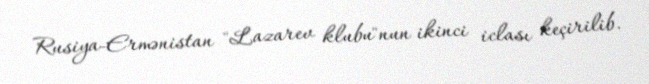
Rusiya-Ermənistan "Lazarev klubu"nun ikinci iclası keçirilib.